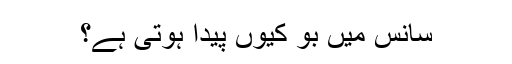
سانس میں بو کیوں پیدا ہوتی ہے؟